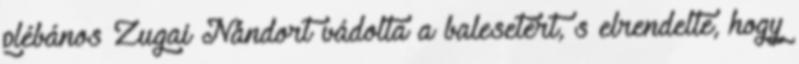
plébános Zugai Nándort vádolta a balesetért, s elrendelte, hogy